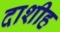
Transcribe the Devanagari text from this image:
दाशीह